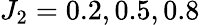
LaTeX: J_{2}=0.2,0.5,0.8